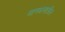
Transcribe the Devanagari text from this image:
मानधनातील